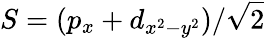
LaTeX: S=(p_{x}+d_{x^{2}-y^{2}})/\sqrt{2}